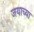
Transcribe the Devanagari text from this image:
जयाच्या